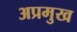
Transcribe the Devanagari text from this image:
अप्रमुख